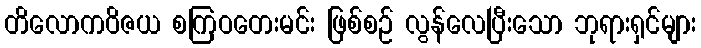
တိလောကဝိဇယ စကြဝတေးမင်း ဖြစ်စဉ် လွန်လေပြီးသော ဘုရားရှင်များ